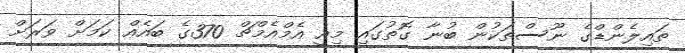
ތައިލެންޑްގެ ނޫސްތަކުން ބުނާ ގޮތުގައި މިއީ އެމްއެމްޗް 370ގެ ބައެއް ކަމަށް ވަރަށް